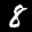
Digit: 8